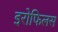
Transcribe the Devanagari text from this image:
इरोफिलस